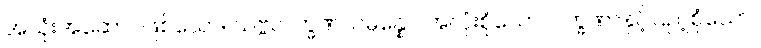
အသုံးအဆောင်ဖြစ်သော။ သဗ္ဗလက္ခဏသမ္ပန္နော၊ အလုံးစုံသောလက္ခဏာနှင့်ပြည့်စုံသော။